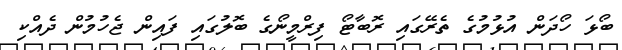
ބޯޅަ ހޯދަން އުޅުމުގެ ތެރޭގައި ރޮބާޓޯ ފިރްމީނޯގެ ބޮލުގައި ފައިން ޖެހުމުން ދެއްކި